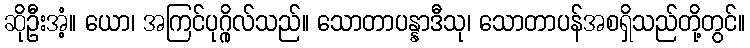
ဆိုဦးအံ့။ ယော၊ အကြင်ပုဂ္ဂိုလ်သည်။ သောတာပန္နာဒီသု၊ သောတာပန်အစရှိသည်တို့တွင်။